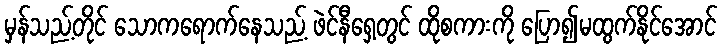
မှန်သည့်တိုင် သောကရောက်နေသည့် ဖဲင်နီရှေ့တွင် ထိုစကားကို ပြော၍မထွက်နိုင်အောင်